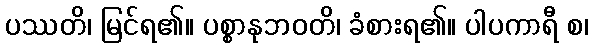
ပဿတိ၊ မြင်ရ၏။ ပစ္စာနုဘဝတိ၊ ခံစားရ၏။ ပါပကာရီ စ၊